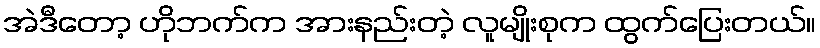
အဲဒီတော့ ဟိုဘက်က အားနည်းတဲ့ လူမျိုးစုက ထွက်ပြေးတယ်။